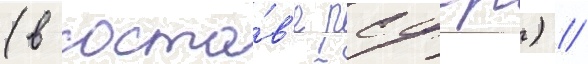
(в соста́в'е рсфср) //